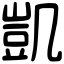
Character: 凱